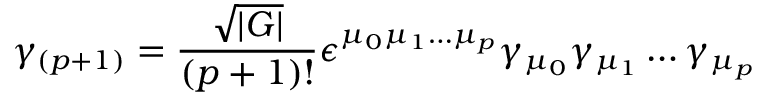
\gamma _ { ( p + 1 ) } = \frac { \sqrt { | G | } } { ( p + 1 ) ! } \epsilon ^ { \mu _ { 0 } \mu _ { 1 } \ldots \mu _ { p } } \gamma _ { \mu _ { 0 } } \gamma _ { \mu _ { 1 } } \ldots \gamma _ { \mu _ { p } }